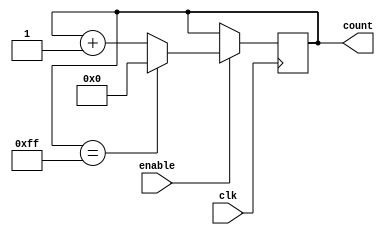
module up_counter_enable (
    input wire clk,
    input wire enable,
    output reg [7:0] count
);

always @(posedge clk) begin
    if (enable) begin
        if (count == 8'hFF) // Maximum count value
            count <= 8'h00; // Reset to zero
        else
            count <= count + 1; // Increment by one
    end
end

endmodule